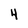
Character: 4